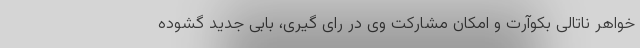
خواهر ناتالی بکوآرت و امکان مشارکت وی در رای گیری، بابی جدید گشوده